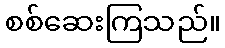
စစ်ဆေးကြသည်။